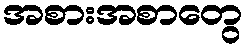
အစားအစာတွေ